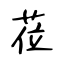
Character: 莅